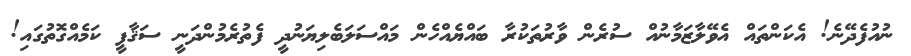
ނުއުފެދޭނެ! އެކަންތައް އެވޭލާޒަމާނުއް ސުރެން ވާރުތަކުރާ ބައްޔެެއްހެން މައްސަލަބެލިޔަނުދީ ފެތުރެމުންދަނީ ސަޤާފީ ކަމެއްގޮތުގައި!